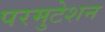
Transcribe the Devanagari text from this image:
परमुटेशन